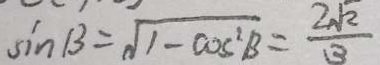
\sin \beta = \sqrt { 1 - \cos ^ { 2 } \beta } = \frac { 2 \sqrt { 2 } } { 3 }